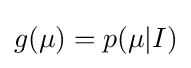
g(\mu )=p(\mu |I)